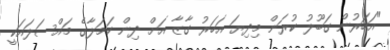
"އަހަރުން ގަބޫލު ކުރަން މިދިޔަ އަހަރު ގާޒާ އަށް ދިން ހަމަލާގެ މައްސަލައަކީ